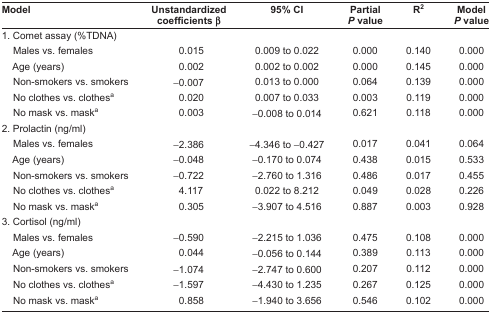
| Model | Unstandardized coefficients β | 95% CI | Partial P value | R2 | Model P value |
 | --- | --- | --- | --- | --- | --- |
 | 1. Comet assay (%TDNA) |  |  |  |  |  |
 | Males vs. females | 0.015 | 0.009 to 0.022 | 0.000 | 0.140 | 0.000 |
 | Age (years) | 0.002 | 0.002 to 0.002 | 0.000 | 0.145 | 0.000 |
 | Non-smokers vs. smokers | −0.007 | 0.013 to 0.000 | 0.064 | 0.139 | 0.000 |
 | No clothes vs. clothesa | 0.020 | 0.007 to 0.033 | 0.003 | 0.119 | 0.000 |
 | No mask vs. maska | 0.003 | − 0.008 to 0.014 | 0.621 | 0.118 | 0.000 |
 | 2. Prolactin (ng/ml) |  |  |  |  |  |
 | Males vs. females | −2.386 | −4.346 to −0.427 | 0.017 | 0.041 | 0.064 |
 | Age (years) | −0.048 | −0.170 to 0.074 | 0.438 | 0.015 | 0.533 |
 | Non-smokers vs. smokers | −0.722 | −2.760 to 1.316 | 0.486 | 0.017 | 0.455 |
 | No clothes vs. clothesa | 4.117 | 0.022 to 8.212 | 0.049 | 0.028 | 0.226 |
 | No mask vs. maska | 0.305 | −3.907 to 4.516 | 0.887 | 0.003 | 0.928 |
 | 3. Cortisol (ng/ml) |  |  |  |  |  |
 | Males vs. females | −0.590 | −2.215 to 1.036 | 0.475 | 0.108 | 0.000 |
 | Age (years) | 0.044 | −0.056 to 0.144 | 0.389 | 0.113 | 0.000 |
 | Non-smokers vs. smokers | −1.074 | −2.747 to 0.600 | 0.207 | 0.112 | 0.000 |
 | No clothes vs. clothesa | −1.597 | −4.430 to 1.235 | 0.267 | 0.125 | 0.000 |
 | No mask vs. maska | 0.858 | −1.940 to 3.656 | 0.546 | 0.102 | 0.000 |